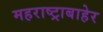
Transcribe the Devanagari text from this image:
महराष्ट्राबाहेर